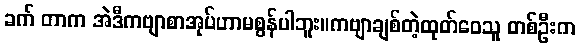
ခက် တာက အဲဒီကဗျာစာအုပ်ဟာမစွန်ပါဘူး။ကဗျာချစ်တဲ့ထုတ်ဝေသူ တစ်ဦးက